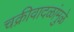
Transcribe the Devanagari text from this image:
चक्रीवादळांमुळे